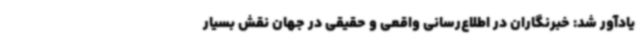
یادآور شد: خبرنگاران در اطلاع‌رسانی واقعی و حقیقی در جهان نقش بسیار